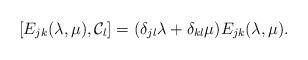
LaTeX: \begin{align*}[ E_{j k}(\lambda, \mu), {\cal C}_l ] = (\delta_{j l}\lambda + \delta_{k l}\mu) E_{j k}(\lambda, \mu). \end{align*}